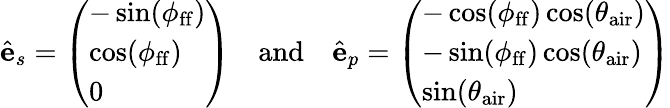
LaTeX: \hat{\mathbf{e}}_{s}=\left(\begin{array}{l}{-\sin(\phi_{\mathrm{ff}})}\\ {\cos(\phi_{\mathrm{ff}})}\\ {0}\end{array}\right)\quad\mathrm{and}\quad\hat{\mathbf{e}}_{p}=\left(\begin{array}{l}{-\cos(\phi_{\mathrm{ff}})\cos(\theta_{\mathrm{air}})}\\ {-\sin(\phi_{\mathrm{ff}})\cos(\theta_{\mathrm{air}})}\\ {\sin(\theta_{\mathrm{air}})}\end{array}\right)